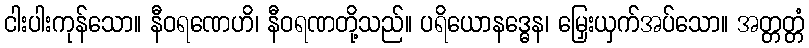
ငါးပါးကုန်သော။ နီဝရဏေဟိ၊ နီဝရဏတို့သည်။ ပရိယောနဒ္ဓေန၊ မြှေးယှက်အပ်သော။ အတ္တတ္တံ